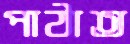
পাঠাত